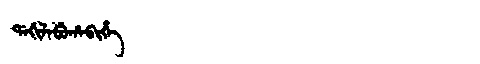
Manchu: ᡩᠠᡤᡳᠯᠠᠪᡠᡥᠠᠪᡳᡥᡝ
Romanization: DAGILABUHABIHE